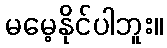
မမေ့နိုင်ပါဘူး။